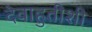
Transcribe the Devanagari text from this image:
देवाहुतीशी